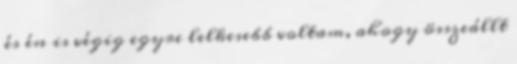
és én is végig egyre lelkesebb voltam, ahogy összeállt